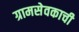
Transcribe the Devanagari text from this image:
ग्रामसेवकाची